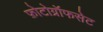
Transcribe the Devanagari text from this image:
फ़ोटोग्रॉफसेट